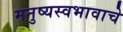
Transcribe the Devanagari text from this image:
मनुष्यस्वभावाचे